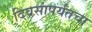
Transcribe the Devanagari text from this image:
दिवसांपर्यंतचा